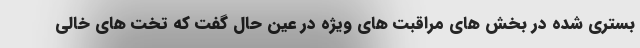
بستری شده در بخش های مراقبت های ویژه در عین حال گفت که تخت های خالی